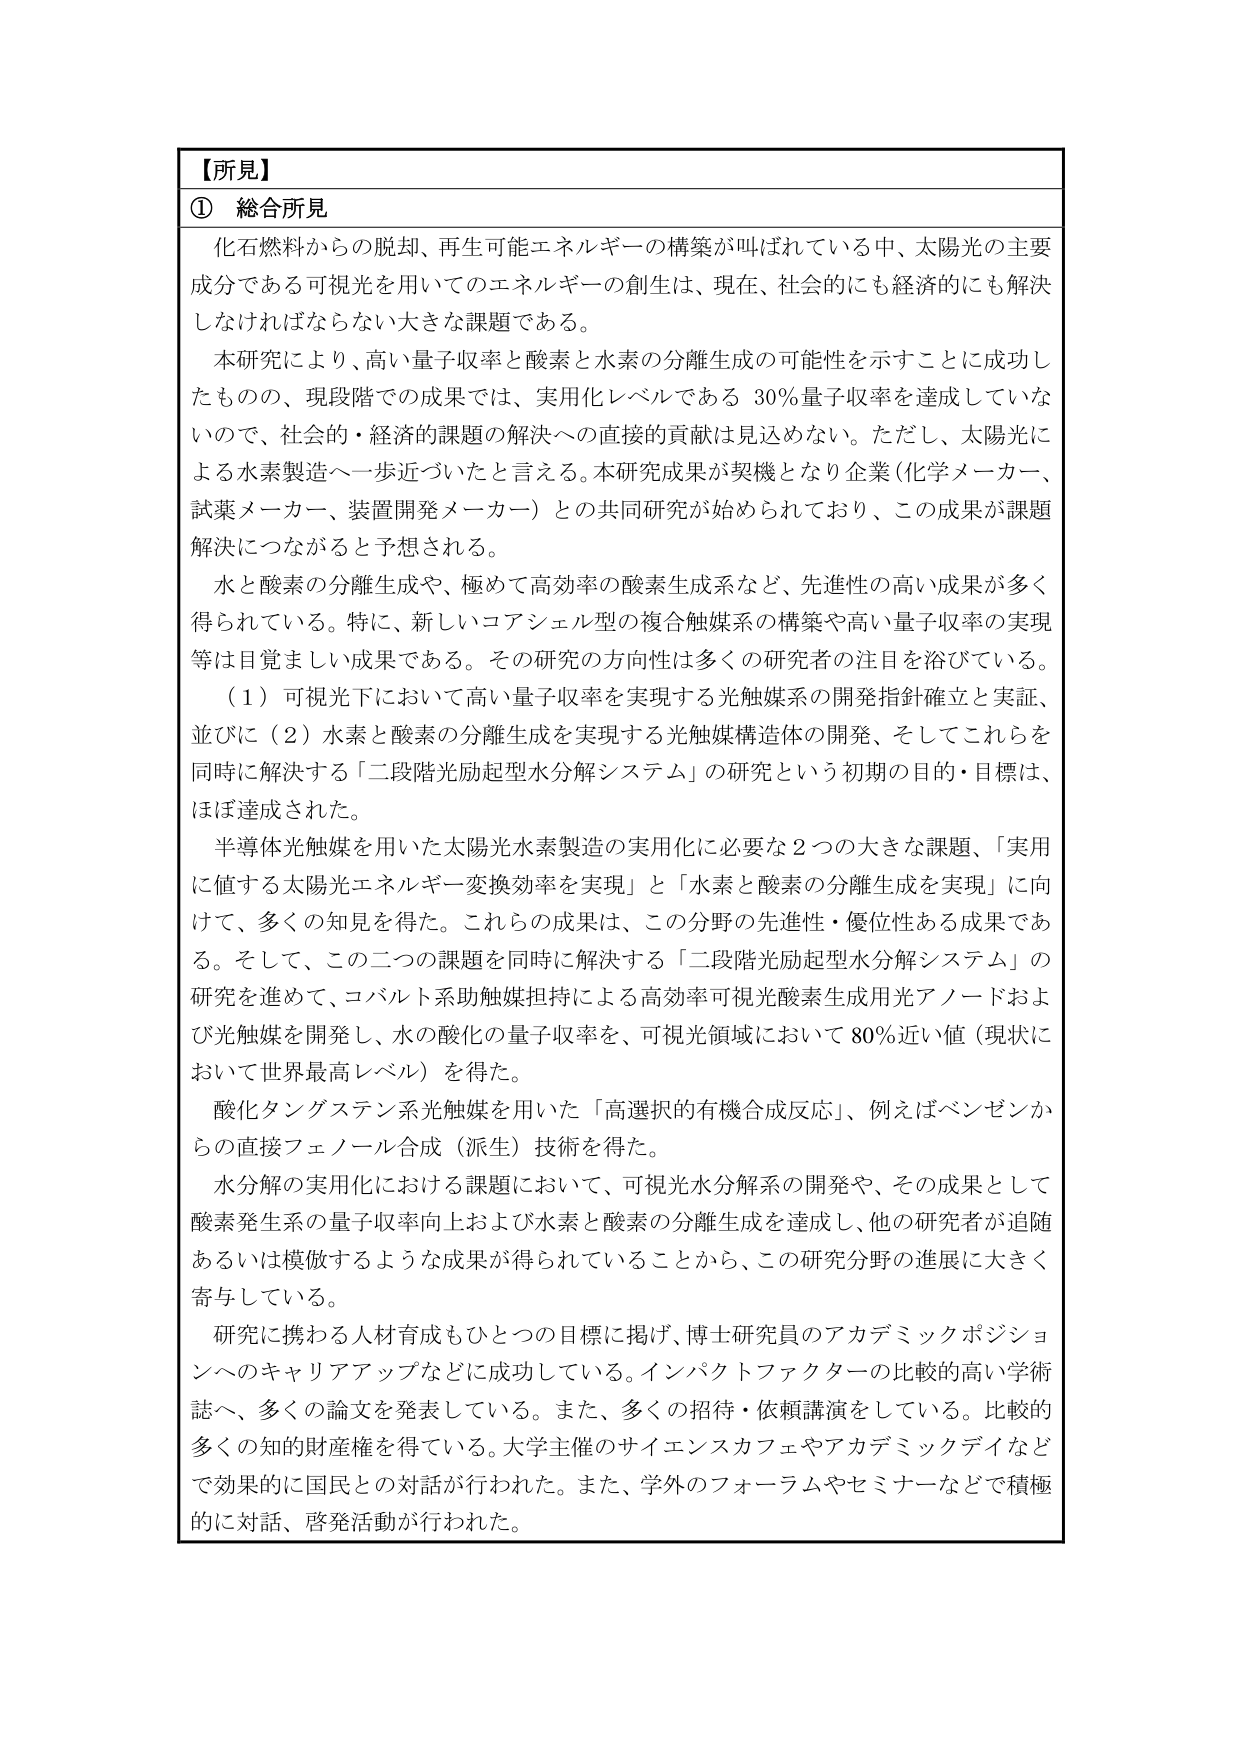
【所見】
① 総合所見
化石燃料からの脱却、再生可能エネルギーの構築が叫ばれている中、太陽光の主要成分である可視光を用いてのエネルギーの創生は、現在、社会的にも経済的にも解決しなければならない大きな課題である。
本研究により、高い量子収率と酸素と水素の分離生成の可能性を示すことに成功したものの、現段階での成果では、実用化レベルである 30%量子収率を達成していないので、社会的・経済的課題の解決への直接的貢献は見込めない。ただし、太陽光による水素製造へ一歩近づいたと言える。本研究成果が契機となり企業（化学メーカー、試薬メーカー、装置開発メーカー）との共同研究が始められており、この成果が課題解決につながると予想される。
水と酸素の分離生成や、極めて高効率の酸素生成系など、先進性の高い成果が多く得られている。特に、新しいコアシェル型の複合触媒系の構築や高い量子収率の実現等は目覚ましい成果である。その研究の方向性は多くの研究者の注目を浴びている。
（1）可視光下において高い量子収率を実現する光触媒系の開発指針確立と実証、並びに（2）水素と酸素の分離生成を実現する光触媒構造体の開発、そしてこれらを同時に解決する「二段階光励起型水分解システム」の研究という初期の目的・目標は、ほぼ達成された。
半導体光触媒を用いた太陽光水素製造の実用化に必要な2つの大きな課題、「実用に値する太陽光エネルギー変換効率を実現」と「水素と酸素の分離生成を実現」に向けて、多くの知見を得た。これらの成果は、この分野の先進性・優位性ある成果である。そして、この二つの課題を同時に解決する「二段階光励起型水分解システム」の研究を進めて、コバルト系助触媒担持による高効率可視光酸素生成用光アノードおよび光触媒を開発し、水の酸化の量子収率を、可視光領域において80%近い値（現状において世界最高レベル）を得た。
酸化タングステン系光触媒を用いた「高選択的有機合成反応」、例えばベンゼンからの直接フェノール合成（派生）技術を得た。
水分解の実用化における課題において、可視光水分解系の開発や、その成果として酸素発生系の量子収率向上および水素と酸素の分離生成を達成し、他の研究者が追随あるいは模倣するような成果が得られていることから、この研究分野の進展に大きく寄与している。
研究に携わる人材育成もひとつの目標に掲げ、博士研究員のアカデミックポジションへのキャリアアップなどに成功している。インパクトファクターの比較的高い学術誌へ、多くの論文を発表している。また、多くの招待・依頼講演をしている。比較的多くの知的財産権を得ている。大学主催のサイエンスカフェやアカデミックデイなどで効果的に国民との対話が行われた。また、学外のフォーラムやセミナーなどで積極的に対話、啓発活動が行われた。